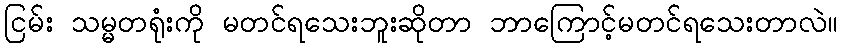
ငြမ်း သမ္မတရုံးကို မတင်ရသေးဘူးဆိုတာ ဘာကြောင့်မတင်ရသေးတာလဲ။